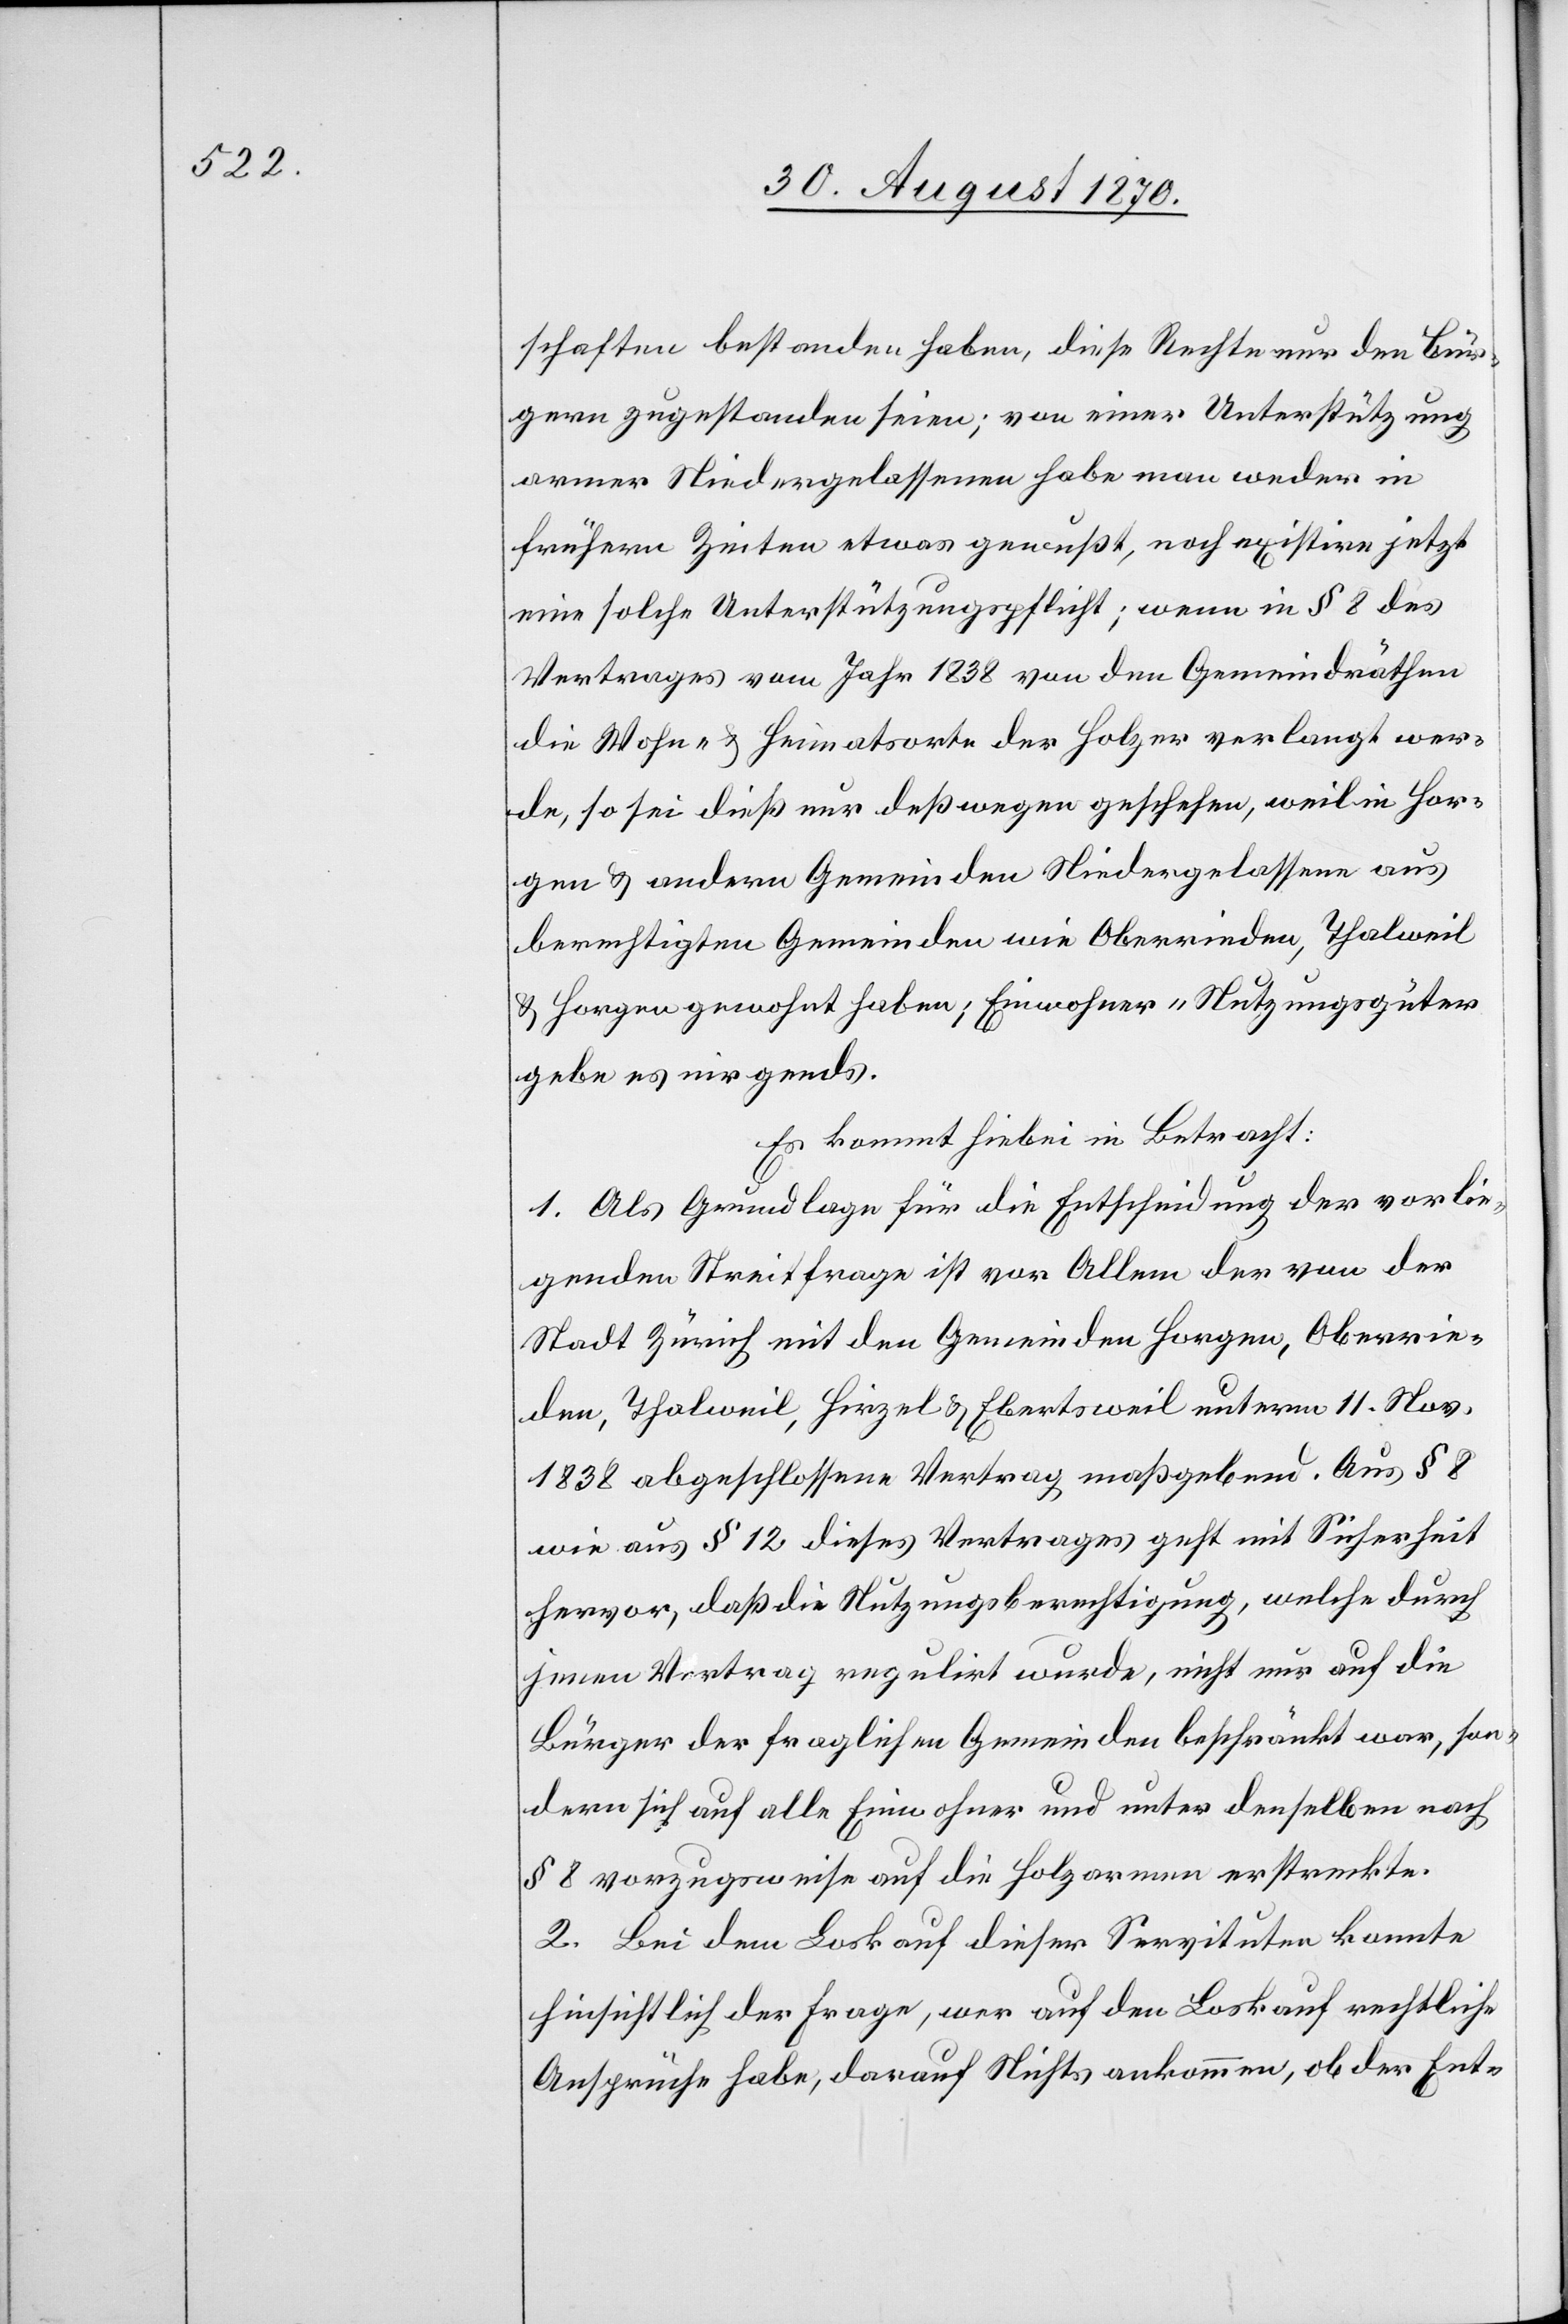
schaften bestanden haben, diese Rechte nur den Bür¬
gern zugestanden seien; von einer Unterstützung
armer Niedergelassener habe man weder in
frühern Zeiten etwas gewußt, noch existire jetzt
eine solche Unterstützungspflicht; wenn in § 8 des
Vertrages vom Jahr 1838 von den Gemeindräthen
die Wohn- & Heimatsorte der Holzer verlangt wer¬
de, so sei dieß nur deßwegen geschehen, weil in Hor¬
gen & andern Gemeinden Niedergelassene aus
berechtigten Gemeinden wie Oberrieden, Thalweil
& Horgen gewohnt haben; Einwohner-Nutzungsgüter
gebe es nirgends.
Es kommt hiebei in Betracht:
1. Als Grundlage für die Entscheidung der vorlie¬
genden Streitfrage ist vor Allem der von der
Stadt Zürich mit den Gemeinden Horgen, Oberrie¬
den, Thalweil, Hirzel & Ebertsweil unterm 11. Nov.
1838 abgeschlossene Vertrag maßgebend. Aus § 8
wie aus § 12 dieses Vertrages geht mit Sicherheit
hervor, daß die Nutzungsberechtigung, welche durch
jenen Vertrag regulirt wurde, nicht nur auf die
Bürger der fraglichen Gemeinden beschränkt war, son¬
dern sich auf alle Einwohner und unter denselben nach
§ 8 vorzugsweise auf die Holzarmen erstreckte.
2. Bei dem Loskauf dieser Servituten konnte
hinsichtlich der Frage, wer auf den Loskauf rechtliche
Ansprüche habe, darauf Nichts ankommen, ob der Ent-